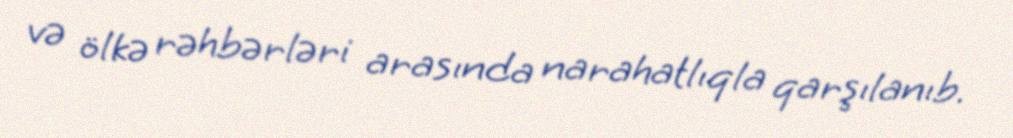
və ölkə rəhbərləri arasında narahatlıqla qarşılanıb.